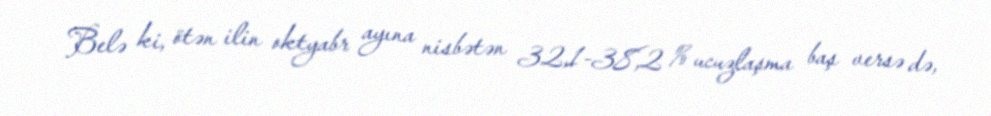
Belə ki, ötən ilin oktyabr ayına nisbətən 32,1-38,2 % ucuzlaşma baş versə də,